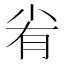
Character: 𡭮